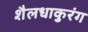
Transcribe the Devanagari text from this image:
शैलधाकुरंग